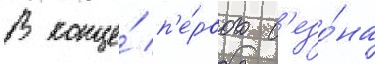
В конце́ п'е́рвого с'езо́на